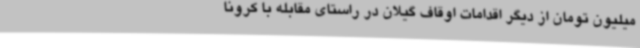
میلیون تومان از دیگر اقدامات اوقاف گیلان در راستای مقابله با کرونا